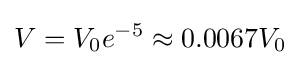
V=V_{0}e^{-5}\approx 0.0067V_{0}